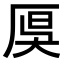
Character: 𠩩